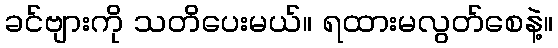
ခင်ဗျားကို သတိပေးမယ်။ ရထားမလွတ်စေနဲ့။